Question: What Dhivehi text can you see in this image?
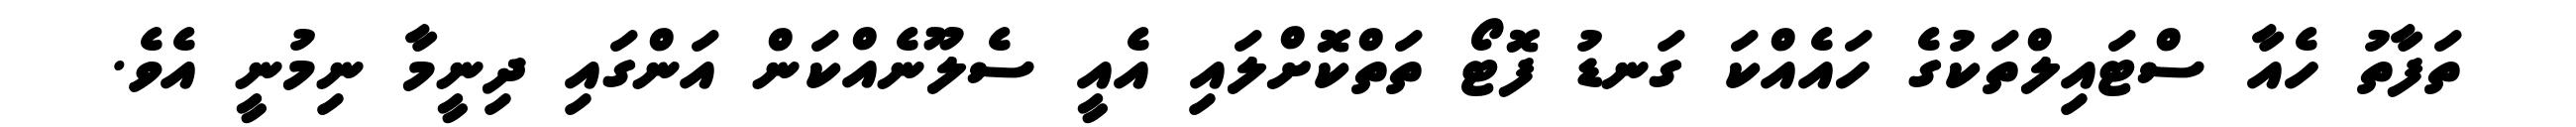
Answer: ތަފާތު ހެއާ ސްޓައިލްތަކުގެ ހައެއްކަ ގަނޑު ފޮޓޯ ތަތްކޮށްލައި އެއީ ސެލޫނެއްކަން އަންގައި ދިނީމާ ނިމުނީ އެވެ.